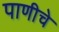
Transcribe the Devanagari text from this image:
पाणीचे